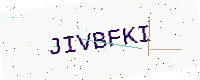
Text: JIVBFKI